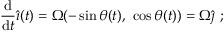
{ \frac { \mathrm { d } } { \mathrm { d } t } } { \hat { \boldsymbol { \imath } } } ( t ) = \Omega ( - \sin \theta ( t ) , \ \cos \theta ( t ) ) = \Omega { \hat { \boldsymbol { \jmath } } } \ ;